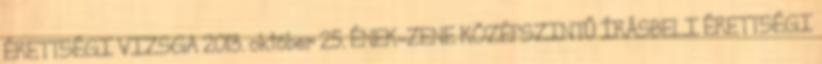
ÉRETTSÉGI VIZSGA 2013. október 25. ÉNEK-ZENE KÖZÉPSZINTŰ ÍRÁSBELI ÉRETTSÉGI